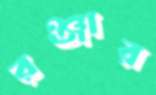
রঞ্জার